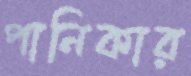
পানিকার